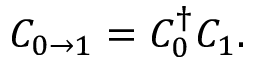
C _ { 0 \to 1 } = C _ { 0 } ^ { \dag } C _ { 1 } .